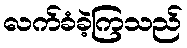
လက်ခံခဲ့ကြသည်